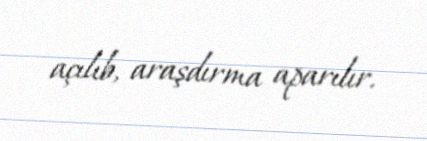
açılıb, araşdırma aparılır.